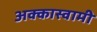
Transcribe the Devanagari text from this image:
अक्कास्वामी